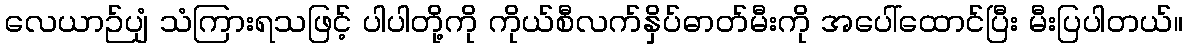
လေယာဉ်ပျံ သံကြားရသဖြင့် ပါပါတို့ကို ကိုယ်စီလက်နှိပ်ဓာတ်မီးကို အပေါ်ထောင်ပြီး မီးပြပါတယ်။